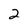
Character: 2